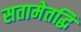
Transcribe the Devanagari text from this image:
सतामेतद्धि